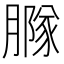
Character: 𦠵